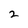
Character: 2